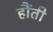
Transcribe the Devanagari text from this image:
हौंती